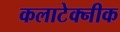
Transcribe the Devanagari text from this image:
कलाटेक्नीक